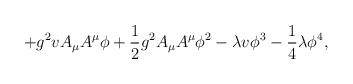
LaTeX: \begin{align*}+g^2 v A_\mu A^\mu \phi +\frac{1}{2} g^2 A_\mu A^\mu \phi^2 -\lambda v \phi^3 - \frac{1}{4} \lambda \phi^4, \end{align*}